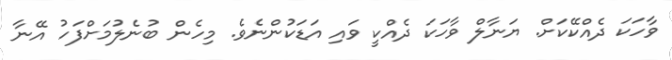
ވާހަކަ ދެއްކޭކަށް. ޔަނާލް ވާހަކަ ދެއްކީ ވައި އަޑަކުންނެވެ. މިހެން ބުނެލުމަށްފަހު އޭނާ